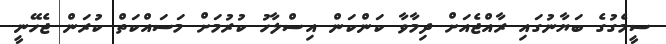
ސީމެގުގެ ބަޔާނުގައި ރާއްޖެއަށް ދިމާވާ ކަންކަން އިސްލާހު ކުރުމަށް މަސައްކަތް ކުރަން ޖެހޭނީ